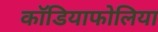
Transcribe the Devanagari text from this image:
कॉडियाफोलिया